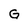
Character: G